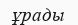
ұрады